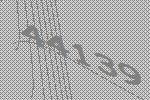
44139